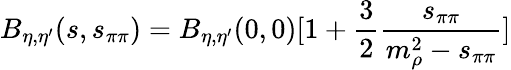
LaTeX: B_{\eta,\eta^{\prime}}(s,s_{\pi\pi})=B_{\eta,\eta^{\prime}}(0,0)[1+{\frac{3}{2}}{\frac{s_{\pi\pi}}{m_{\rho}^{2}-s_{\pi\pi}}}]